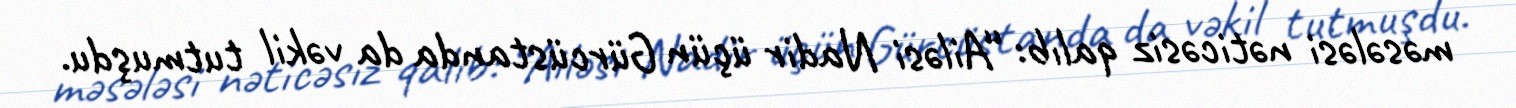
məsələsi nəticəsiz qalıb: “Ailəsi Nadir üçün Gürcüstanda da vəkil tutmuşdu.